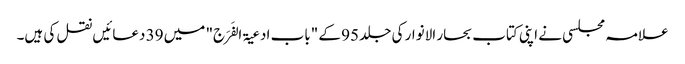
علامہ مجلسی نے اپنی کتاب بحار الانوار کی جلد 95 کے "باب ادعیۃ الفَرَج" میں 39 دعائیں نقل کی ہیں۔